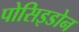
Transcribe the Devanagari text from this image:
पोसिइडोन